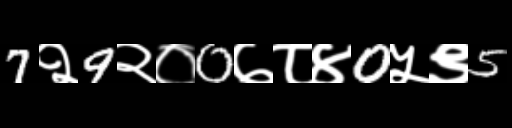
Text: 7२9२०0७८४0५९5